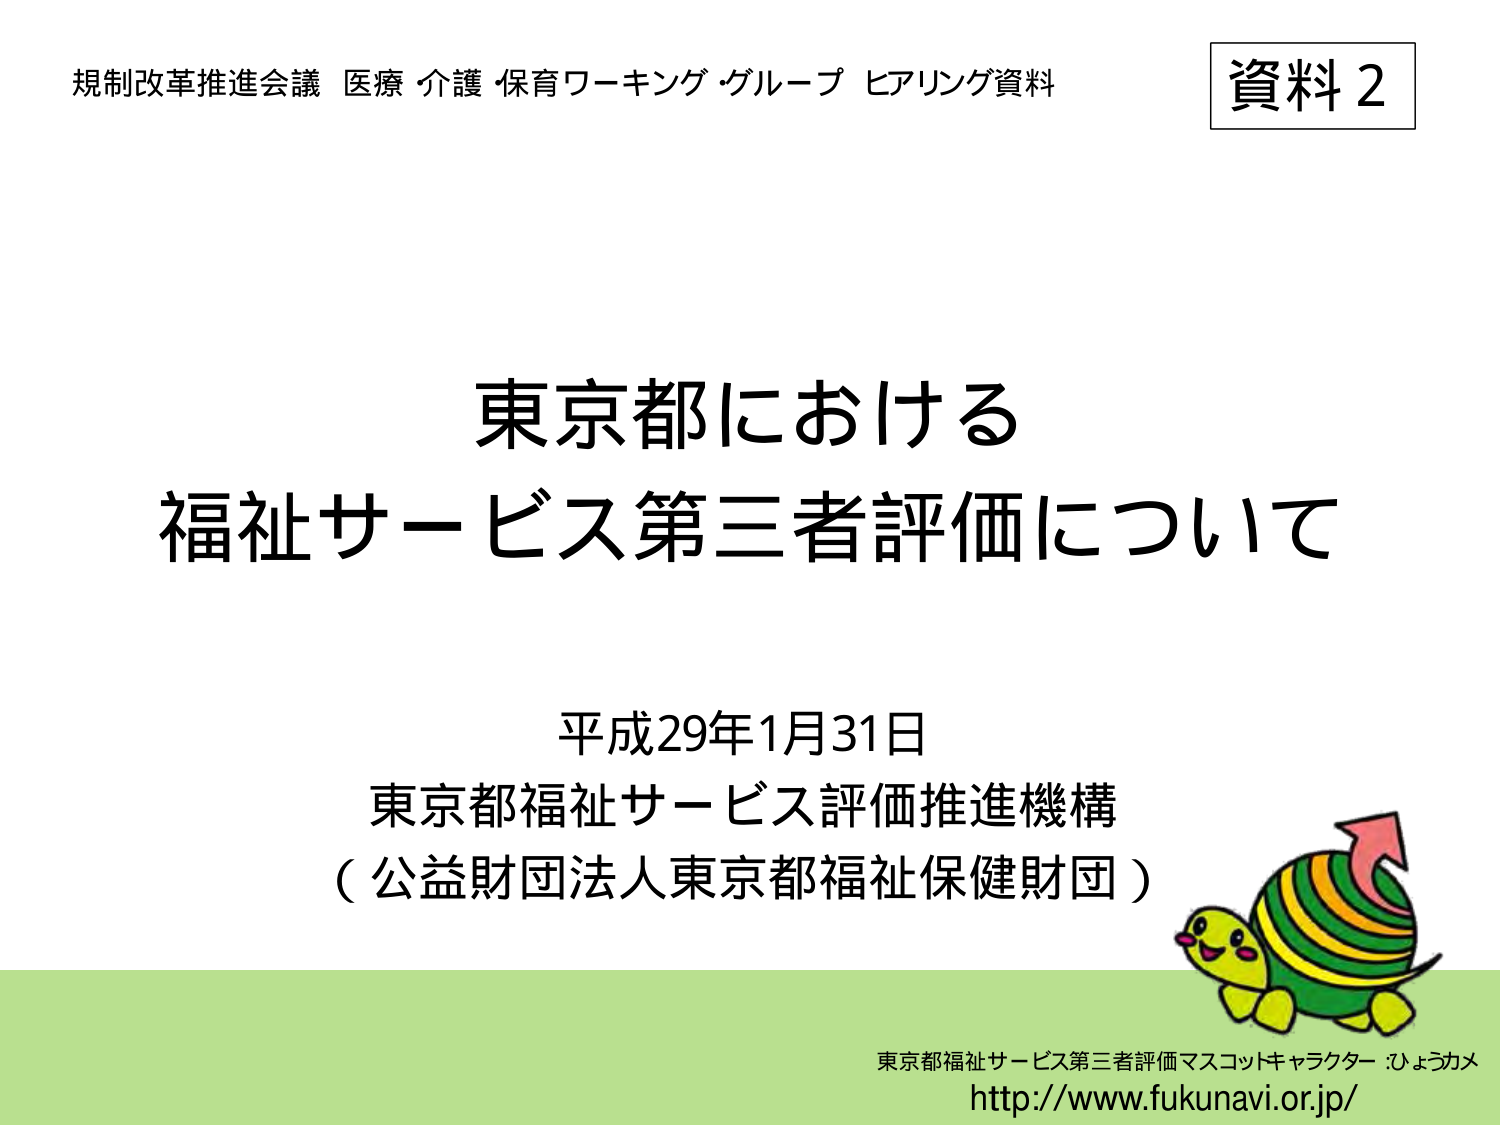
規制改革推進会議 医療 介護 保育ワーキンググループ ヒアリング資料
資料2

東京都における
福祉サービス第三者評価について

平成29年1月31日
東京都福祉サービス評価推進機構
（公益財団法人東京都福祉保健財団）

東京都福祉サービス第三者評価マスコットキャラクター ひょうカメ
http://www.fukunavi.or.jp/